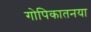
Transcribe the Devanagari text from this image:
गोपिकातनया